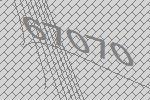
67070